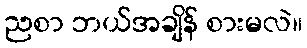
ညစာ ဘယ်အချိန် စားမလဲ။